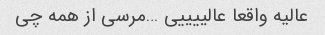
عالیه واقعا عالییییی …مرسی از همه چی